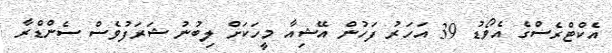
އެކްޓްރެސްގެ އެެވޯޑު 39 އަހަރު ފަހުން އޭޝިއާ މީހަކަށް ލިބުނު ޝަރަފުވެސް ސެންޑްރާ